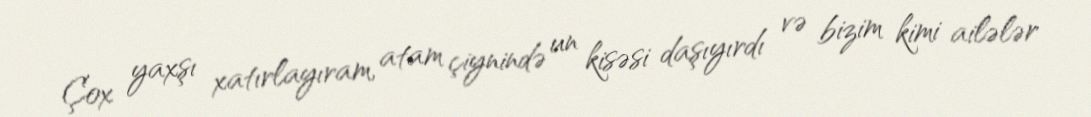
Çox yaxşı xatırlayıram, atam çiynində un kisəsi daşıyırdı və bizim kimi ailələr